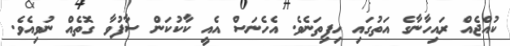
ކުއްޖެއް ރައިހާނާގެ އަތުގައި ހިފިތަނެވެ. އެހެނަސް އެއީ ކާކުކަން ސާފުވާ ގޮތެއް ނުވިއެވެ.